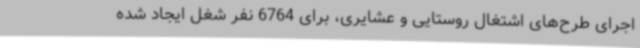
اجرای طرح‌های اشتغال روستایی و عشایری، برای 6764 نفر شغل ایجاد شده